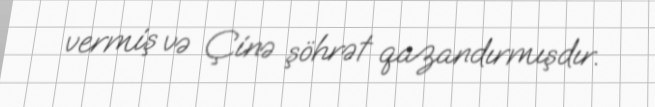
vermiş və Çinə şöhrət qazandırmışdır.